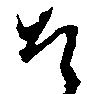
そ